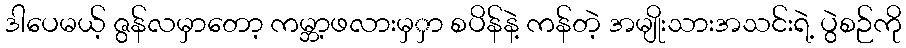
ဒါပေမယ့် ဇွန်လမှာတော့ ကမ္ဘာ့ဖလားမှှာ စပိန်နဲ့ ကန်တဲ့ အမျိုးသားအသင်းရဲ့ ပွဲစဉ်ကို